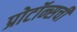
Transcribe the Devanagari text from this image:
प्रोटॉन्सची